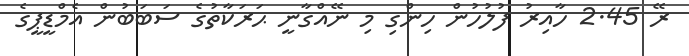
ރޭ 2.45 ހާއިރު ފުލުހުން ހިންގި މި ނޭއްގާނީ ޙަރަކާތުގެ ސަބަބުން އެމްޑީޕީގެ